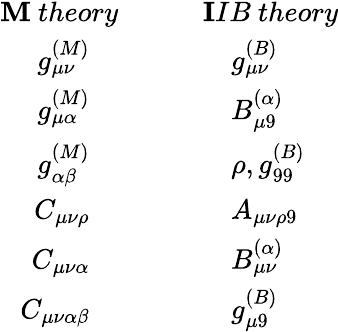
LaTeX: \begin{array}{rl}{{{\mathbf M\ theory}}}&{{\quad\quad{\mathbf IIB\ theory}}}\\ {{g_{\mu\nu}^{(M)}\quad}}&{{\quad\quad\quad g_{\mu\nu}^{(B)}}}\\ {{g_{\mu\alpha}^{(M)}\quad}}&{{\quad\quad\quad B_{\mu 9}^{(\alpha)}}}\\ {{g_{\alpha\beta}^{(M)}\quad}}&{{\quad\quad\quad\rho,g_{99}^{(B)}}}\\ {{C_{\mu\nu\rho}\quad}}&{{\quad\quad\quad A_{\mu\nu\rho 9}}}\\ {{C_{\mu\nu\alpha}\quad}}&{{\quad\quad\quad B_{\mu\nu}^{(\alpha)}}}\\ {{C_{\mu\nu\alpha\beta}\quad}}&{{\quad\quad\quad g_{\mu 9}^{(B)}}}\end{array}